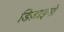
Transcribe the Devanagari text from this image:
डिज़ाइनो